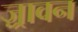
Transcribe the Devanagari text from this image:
ज़्रावन